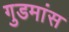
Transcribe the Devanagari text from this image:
गुडमांस